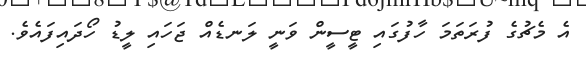
އެ މެޗުގެ ފުރަތަމަ ހާފުގައި ޓީސީން ވަނީ ލަނޑެއް ޖަހައި ލީޑު ހޯދައިފައެވެ.